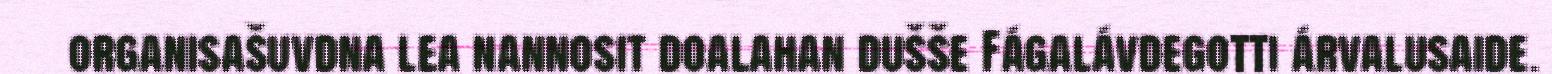
organisašuvdna lea nannosit doalahan dušše Fágalávdegotti árvalusaide.